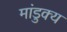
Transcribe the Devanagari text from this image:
मांडुक्य